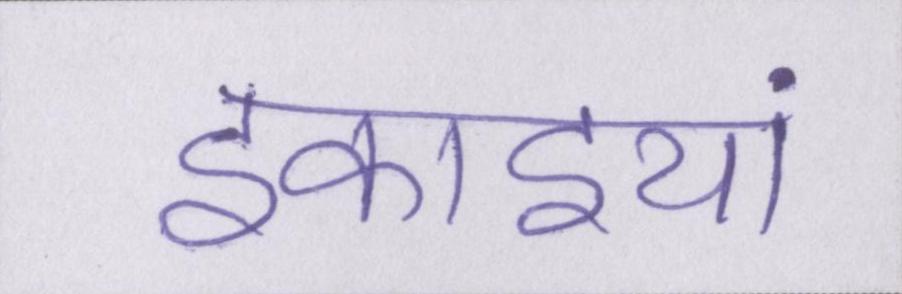
इकाइयां